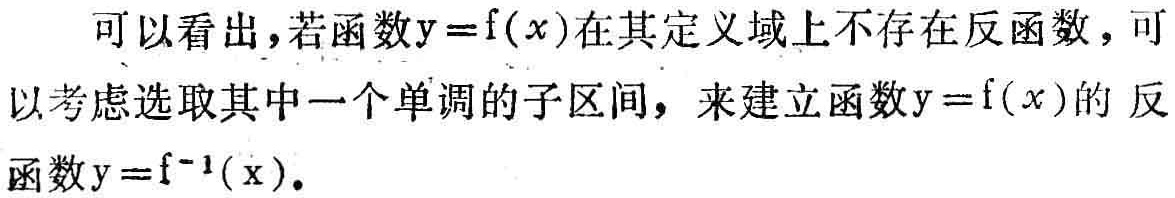
可以看出，若函数\(y = f(x)\)在其定义域上不存在反函数，可以考虑选取其中一个单调的子区间，来建立函数\(y = f(x)\)的 反函数\(y = f^{-1}(x)\)。